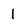
Character: 1